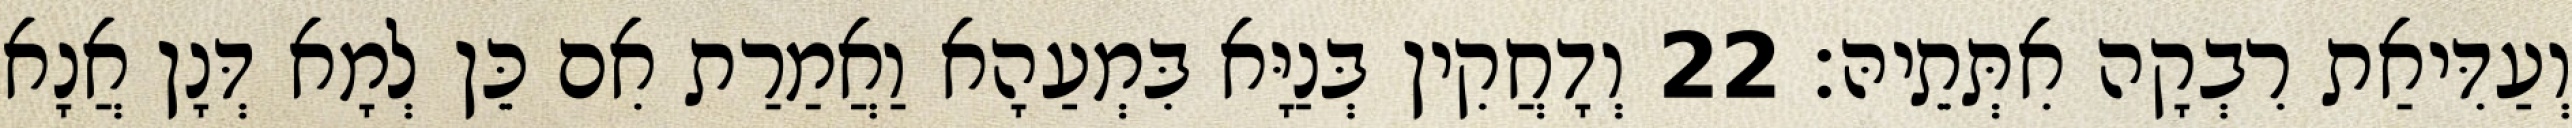
וְעַדִּיאַת רִבְקָה אִתְּתֵיהּ׃ 22 וְדָחֲקִין בְּנַיָּא בִּמְעַהָא וַאֲמַרַת אִם כֵּן לְמָא דְּנָן אֲנָא